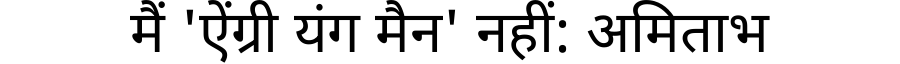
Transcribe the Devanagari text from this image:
मैं 'ऐंग्री यंग मैन' नहीं: अमिताभ